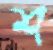
শ